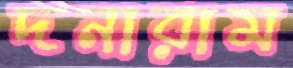
দনারাম